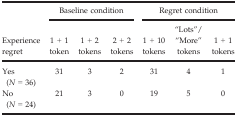
<table><thead><tr><td rowspan="2"><b>Experience regret</b></td><td colspan="3"><b>Baseline condition</b></td><td colspan="3"><b>Regret condition</b></td></tr><tr><td><b>1 + 1 token</b></td><td><b>1 + 2 tokens</b></td><td><b>2 + 2 tokens</b></td><td><b>1 + 10 tokens</b></td><td><b>“Lots”/“More” tokens</b></td><td><b>1 + 1 tokens</b></td></tr></thead><tbody><tr><td>Yes (<i>N </i>=<i> </i>36)</td><td>31</td><td>3</td><td>2</td><td>31</td><td>4</td><td>1</td></tr><tr><td>No (<i>N </i>=<i> </i>24)</td><td>21</td><td>3</td><td>0</td><td>19</td><td>5</td><td>0</td></tr></tbody></table>